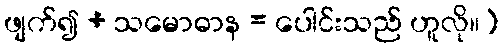
ဖျက်၍ + သမောဓာန = ပေါင်းသည် ဟူလို။)